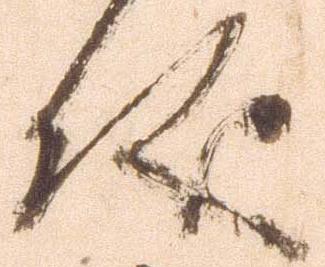
儀